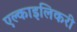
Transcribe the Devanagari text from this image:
एल्काइलिकरी